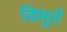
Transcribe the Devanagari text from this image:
विमूर्त